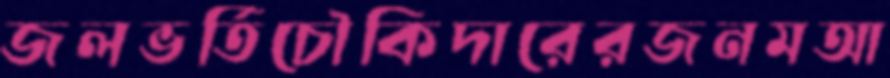
জলভর্তিচৌকিদারেরজনমআ